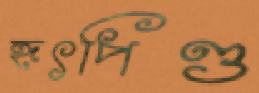
হূৎপিণ্ড